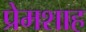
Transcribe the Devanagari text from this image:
प्रेमशाह